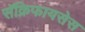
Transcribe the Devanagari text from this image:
सॅक्रिफायसेस